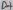
Text: D7